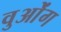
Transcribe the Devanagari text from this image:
वुओंग